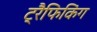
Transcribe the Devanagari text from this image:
ट्रैफिकिंग